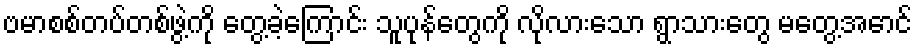
ဗမာစစ်တပ်တစ်ဖွဲ့ကို တွေ့ခဲ့ကြောင်း သူပုန်တွေကို လိုလားသော ရွာသားတွေ မတွေ့အောင်